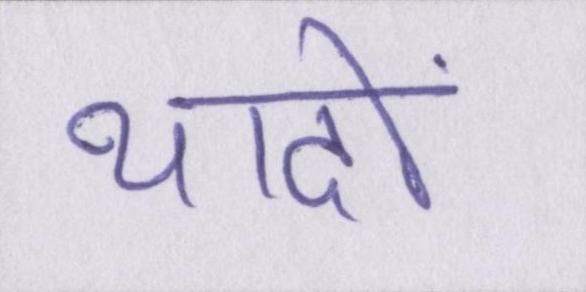
यादों